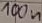
Text: 100n